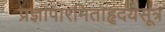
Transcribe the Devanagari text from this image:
प्रज्ञापारमिताहृदयसूत्र